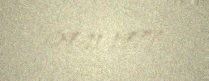
09-11-1977